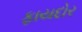
ફાયદોર